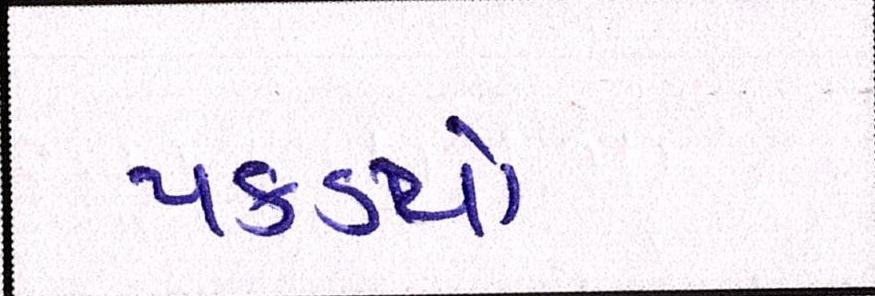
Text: પકડયો